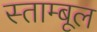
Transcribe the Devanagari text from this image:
स्ताम्बूल